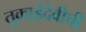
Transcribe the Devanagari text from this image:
तुकाईदेवीची